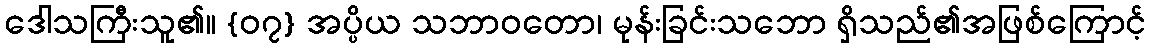
ဒေါသကြီးသူ၏။ {၀၇} အပ္ပိယ သဘာဝတော၊ မုန်းခြင်းသဘော ရှိသည်၏အဖြစ်ကြောင့်